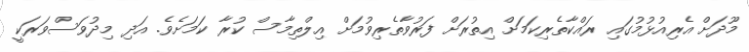
މޫދަށް އެރިއުޅުމުގައި ރައްކާތެރިކަމަށް އިތުރަށް ފަރުވާތެރިވުމަށް އިލްތިމާސް ކުރާ ކަމަށެވެ. އަދި މިދުވަސްވަރަކީ